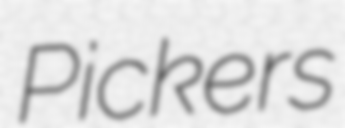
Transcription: Pickers